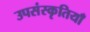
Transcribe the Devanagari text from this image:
उपसंस्कृतियाँ